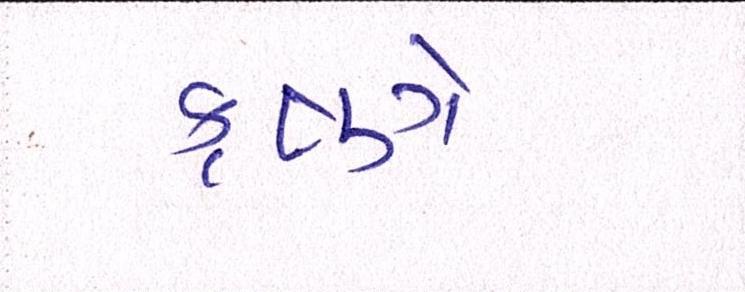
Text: કૃષ્ણે